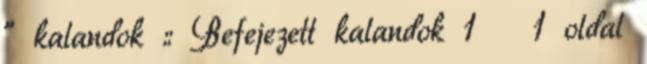
” kalandok :: Befejezett kalandok 1 1 oldal